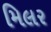
મિલર